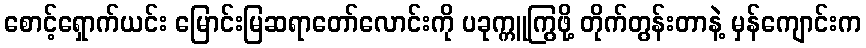
စောင့်ရှောက်ယင်း မြောင်းမြဆရာတော်လောင်းကို ပခုက္ကူကြွဖို့ တိုက်တွန်းတာနဲ့ မှန်ကျောင်းက